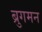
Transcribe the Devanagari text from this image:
ब्रुगमन